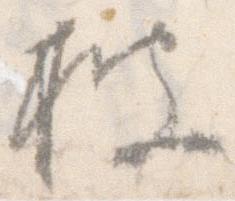
披